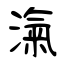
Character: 滊